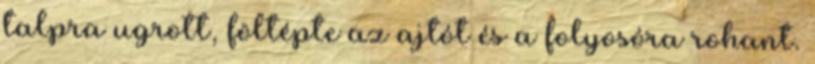
talpra ugrott, föltépte az ajtót és a folyosóra rohant.